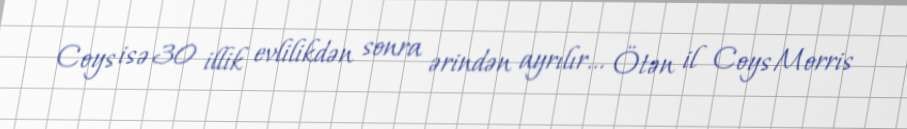
Coys isə 30 illik evlilikdən sonra ərindən ayrılır... Ötən il Coys Morris